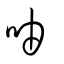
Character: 𠱋